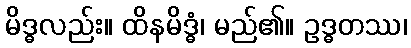
မိဒ္ဓလည်း။ ထိနမိဒ္ဓံ၊ မည်၏။ ဥဒ္ဓတဿ၊